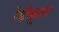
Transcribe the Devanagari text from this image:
रेडीकूलर